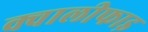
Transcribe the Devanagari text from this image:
क्वालीफाइ